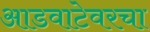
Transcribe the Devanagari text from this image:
आडवाटेवरचा